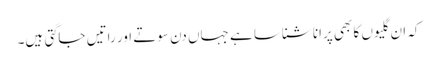
کہ ان گلیوں کا بھی پرانا شناسا ہے جہاں دن سوتے اور راتیں جاگتی ہیں۔